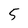
Character: 5